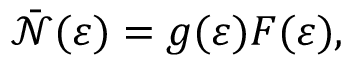
{ \bar { \mathcal { N } } } ( \varepsilon ) = g ( \varepsilon ) F ( \varepsilon ) ,